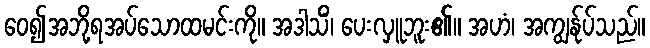
ဝေ၍အဘို့ရအပ်သောထမင်းကို။ အဒါသိံ၊ ပေးလှူဘူး၏။ အဟံ၊ အကျွန်ုပ်သည်။